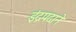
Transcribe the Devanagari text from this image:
इंद्रपदाने